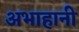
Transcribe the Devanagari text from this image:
अभाहानी